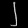
Digit: ၂